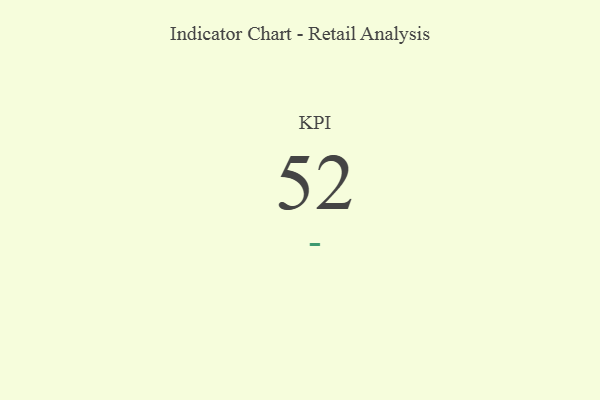
{"axis": {"x": "KPI", "y": "Value"}, "legend": [""], "data": [{"x": "KPI", "y": 52, "type": ""}]}